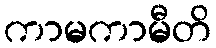
ကာမကာမီတိ